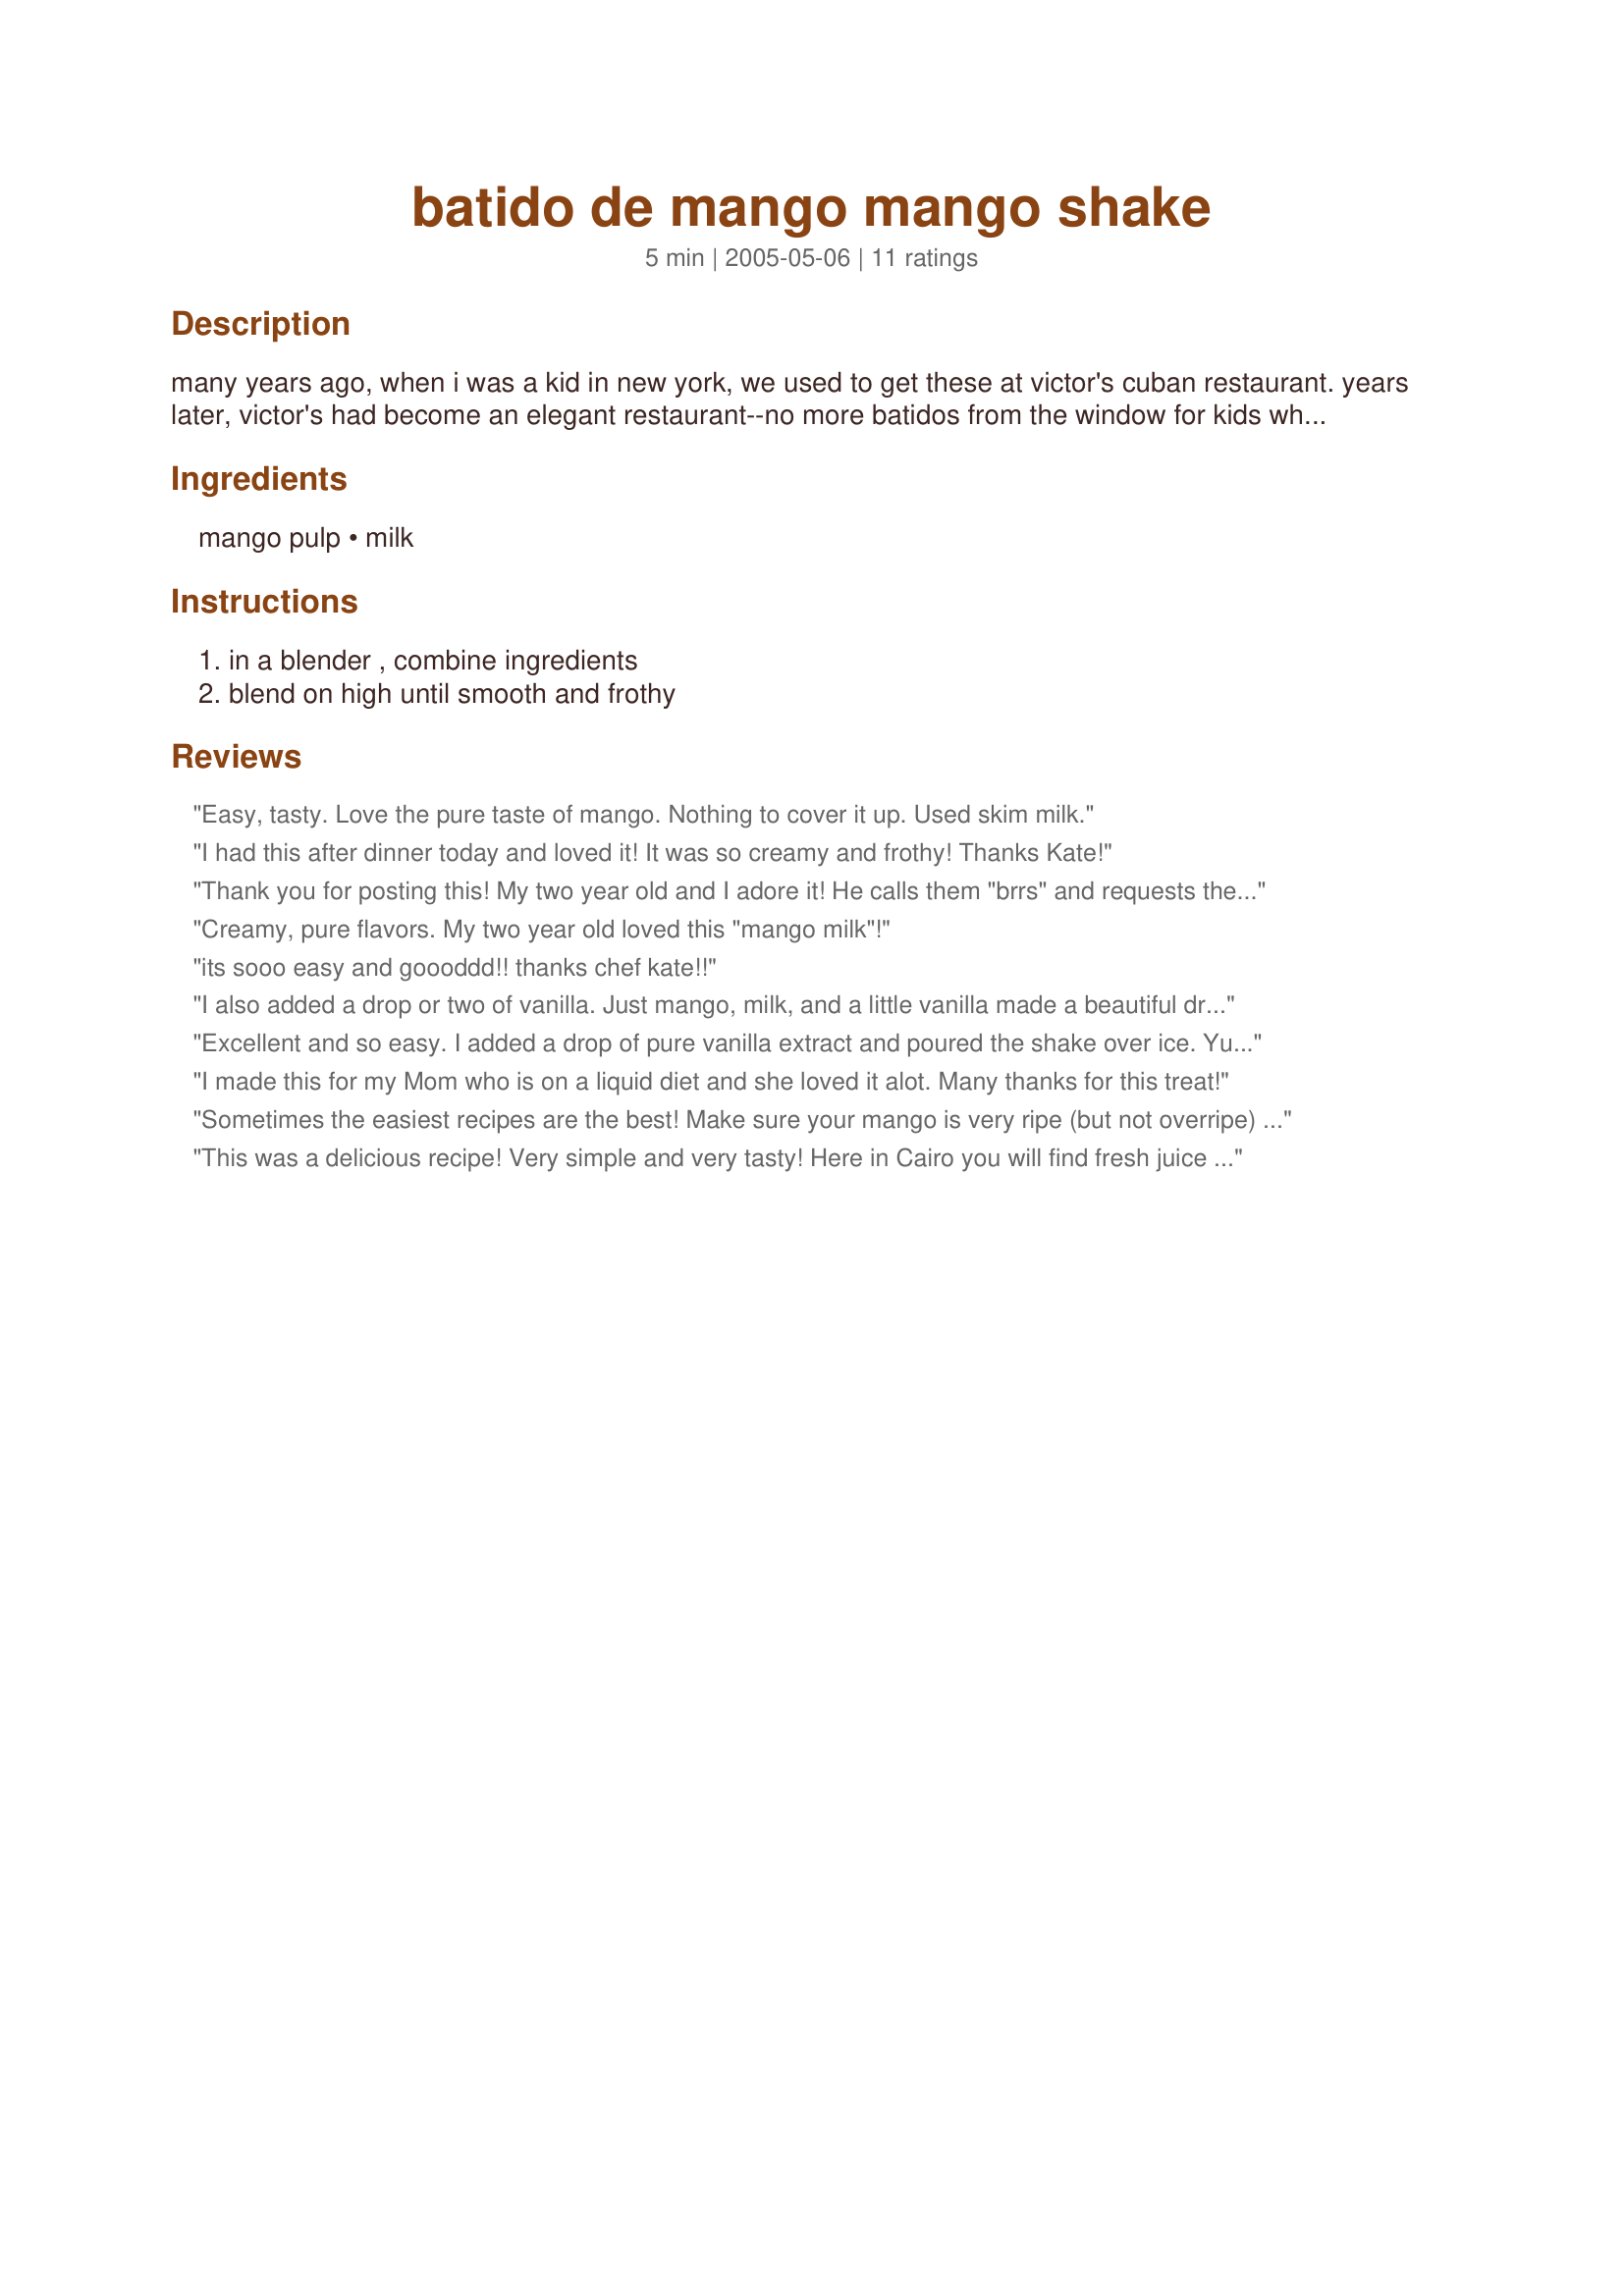
batido de mango mango shake
Preparation time: 5 minutes

many years ago, when i was a kid in new york, we used to get these at victor's cuban restaurant. years later, victor's had become an elegant restaurant--no more batidos from the window for kids who arrived on roller skates. nothing could be simpler or more refreshing on a hot day. all these years later, i still think they're better sucked through a straw. for those watching calories, use skim milk.

Ingredients:
mango pulp, milk

Steps:
in a blender , combine ingredients, blend on high until smooth and frothy

Reviews:
Easy, tasty. Love the pure taste of mango. Nothing to cover it up. Used skim milk.
I had this after dinner today and loved it! It was so creamy and frothy! Thanks Kate!
Thank you for posting this! My two year old and I adore it! He calls them "brrs" and requests them often.
I make it with frozen mango chunks blended in my food processor and hemp milk (because of allergies). SO good. I like it best if you give it a bit of time in the freezer before eating, but I can't always wait :)
Creamy, pure flavors. My two year old loved this "mango milk"!
its sooo easy and goooddd!! thanks chef kate!!
I also added a drop or two of vanilla. Just mango, milk, and a little vanilla made a beautiful drink, just as sweet and fantastic as an ice cream shake - but without all those calories! Outstanding!
Excellent and so easy. I added a drop of pure vanilla extract and poured the shake over ice. Yummy!
I made this for my Mom who is on a liquid diet and she loved it alot. Many thanks for this treat!
Sometimes the easiest recipes are the best! Make sure your mango is very ripe (but not overripe) and follow Kate's instructions to blend until frothy and you are in for a treat. I had this with half a cup of mango puree for breakfast and will mix me another one with the remaining mango puree tonight. Delicious!
This was a delicious recipe! Very simple and very tasty! Here in Cairo you will find fresh juice stands everywhere with the best mango juice. The juice has lots of chunks of mango. This recipe gave me another way to enjoy the juice,thanks!
I guess this is not really our thing.
